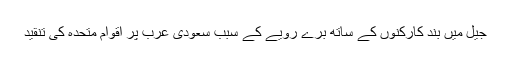
جیل میں بند کارکنوں کے ساتھ برے رویے کے سبب سعودی عرب پر اقوام متحدہ کی تنقید